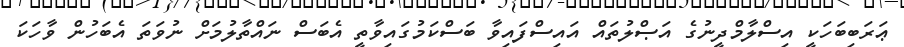
ޢަރަބިބަހަކީ އިސްލާމްދީނުގެ އަޞްލުތައް އައިސްފައިވާ ބަސްކަމުގައިވާތީ އެބަސް ނައްތާލުމަށް ނުވަތަ އެބަހުން ވާހަކަ